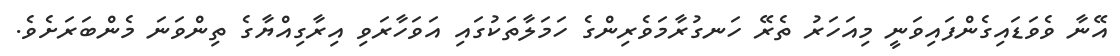
އޭނާ ވެވަޑައިގެންފައިވަނީ މިއަހަރު ތެރޭ ހަނގުރާމަވެރިންގެ ހަމަލާތަކުގައި އަވަހާރަވި އިރާގިއްޔާގެ ތިންވަނަ މެންބަރަށެވެ.